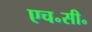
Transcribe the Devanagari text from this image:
एच॰सी॰